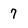
Character: 7